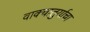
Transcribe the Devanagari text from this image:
वाक्चातुर्याचा